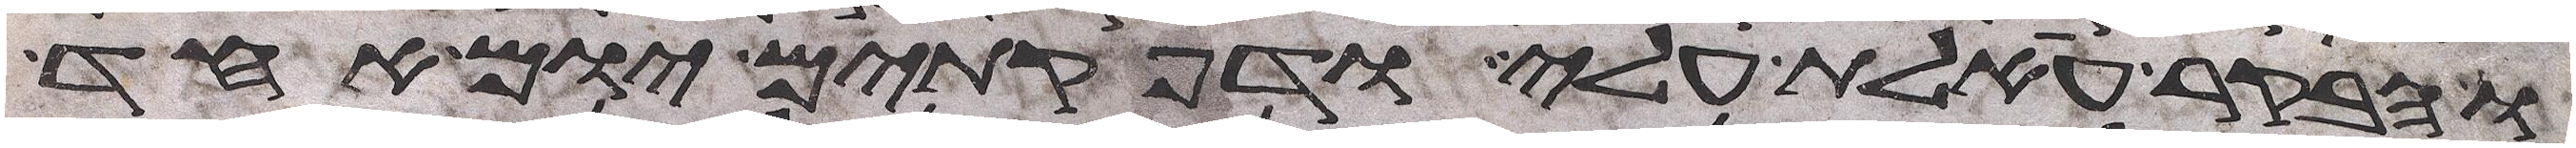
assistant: והבקר אעלת עלי ודפקתים יום אחד